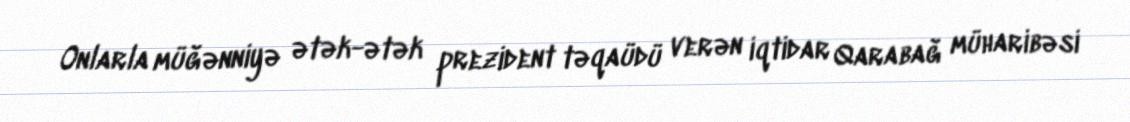
Onlarla müğənniyə ətək-ətək prezident təqaüdü verən iqtidar Qarabağ müharibəsi